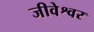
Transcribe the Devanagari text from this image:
जीवेश्वर